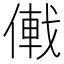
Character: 𪝠